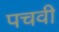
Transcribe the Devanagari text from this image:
पचवी